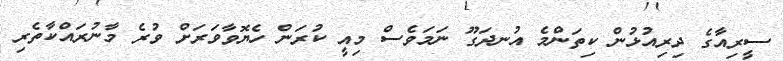
ސީރިއާގެ ދިރިއުޅުން ކިތަންމެ އުނދަގޫ ނަމަވެސް މިއީ ކުރަން ހެޔޮވާވަރަށް ވުރެ މާނުރައްކާތެރި